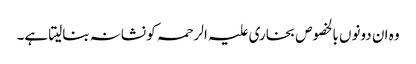
وہ ان دونوں بالخصوص بخاری علیہ الرحمہ کو نشانہ بنالیتا ہے۔